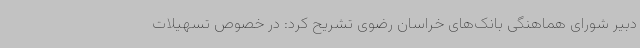
دبیر شورای هماهنگی بانک‌های خراسان رضوی تشریح کرد: در خصوص تسهیلات